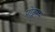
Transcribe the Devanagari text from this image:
प्रोड्कसन